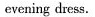
evening dess.